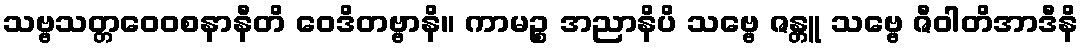
သဗ္ဗသတ္တဝေဝစနာနီတိ ဝေဒိတဗ္ဗာနိ။ ကာမဉ္စ အညာနိပိ သဗ္ဗေ ဇန္တူ သဗ္ဗေ ဇီဝါတိအာဒီနိ